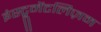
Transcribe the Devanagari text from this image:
इंस्ट्रूमेंटलिज़म